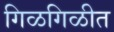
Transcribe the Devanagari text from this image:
गिळगिळीत